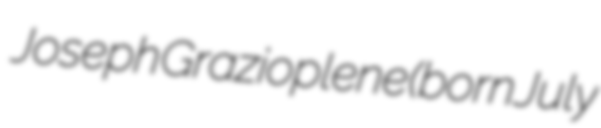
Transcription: Joseph Grazioplene (born July